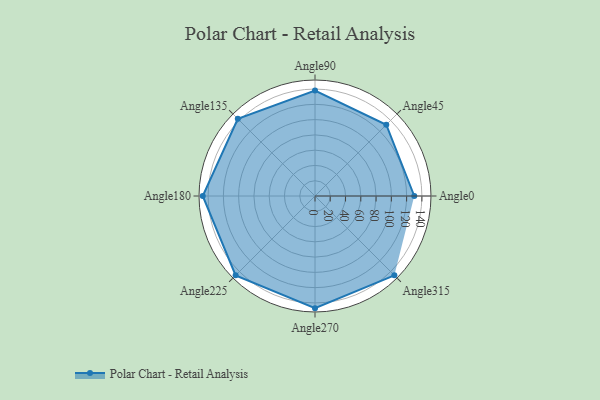
{"axis": {"x": "Angle", "y": "Radius"}, "legend": [""], "data": [{"x": "Angle0", "y": 130.0, "type": ""}, {"x": "Angle45", "y": 132.0, "type": ""}, {"x": "Angle90", "y": 138.0, "type": ""}, {"x": "Angle135", "y": 143.0, "type": ""}, {"x": "Angle180", "y": 147.0, "type": ""}, {"x": "Angle225", "y": 147.0, "type": ""}, {"x": "Angle270", "y": 147.0, "type": ""}, {"x": "Angle315", "y": 147.0, "type": ""}]}